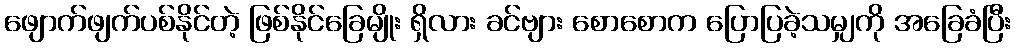
ဖျောက်ဖျက်ပစ်နိုင်တဲ့ ဖြစ်နိုင်ခြေမျိုး ရှိလား ခင်ဗျား စောစောက ပြောပြခဲ့သမျှကို အခြေခံပြီး